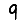
Digit: 9